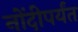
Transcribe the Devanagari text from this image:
नोंदीपर्यंत